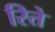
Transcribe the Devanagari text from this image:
रिते